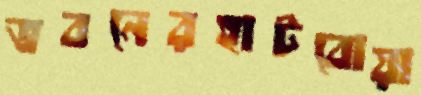
ভবনেরহাটবোয়া